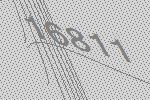
16811